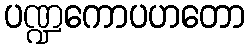
ပဏ္ဍကောပဟတော